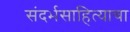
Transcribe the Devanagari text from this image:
संदर्भसाहित्याचा